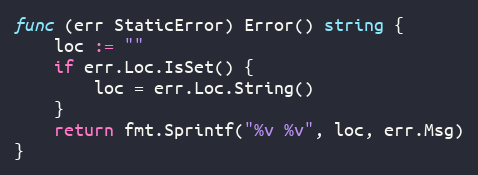
Language: Go
func (err StaticError) Error() string {
	loc := ""
	if err.Loc.IsSet() {
		loc = err.Loc.String()
	}
	return fmt.Sprintf("%v %v", loc, err.Msg)
}